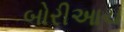
બોરીઆચ